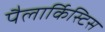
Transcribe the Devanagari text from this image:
पैलार्किस्टिस